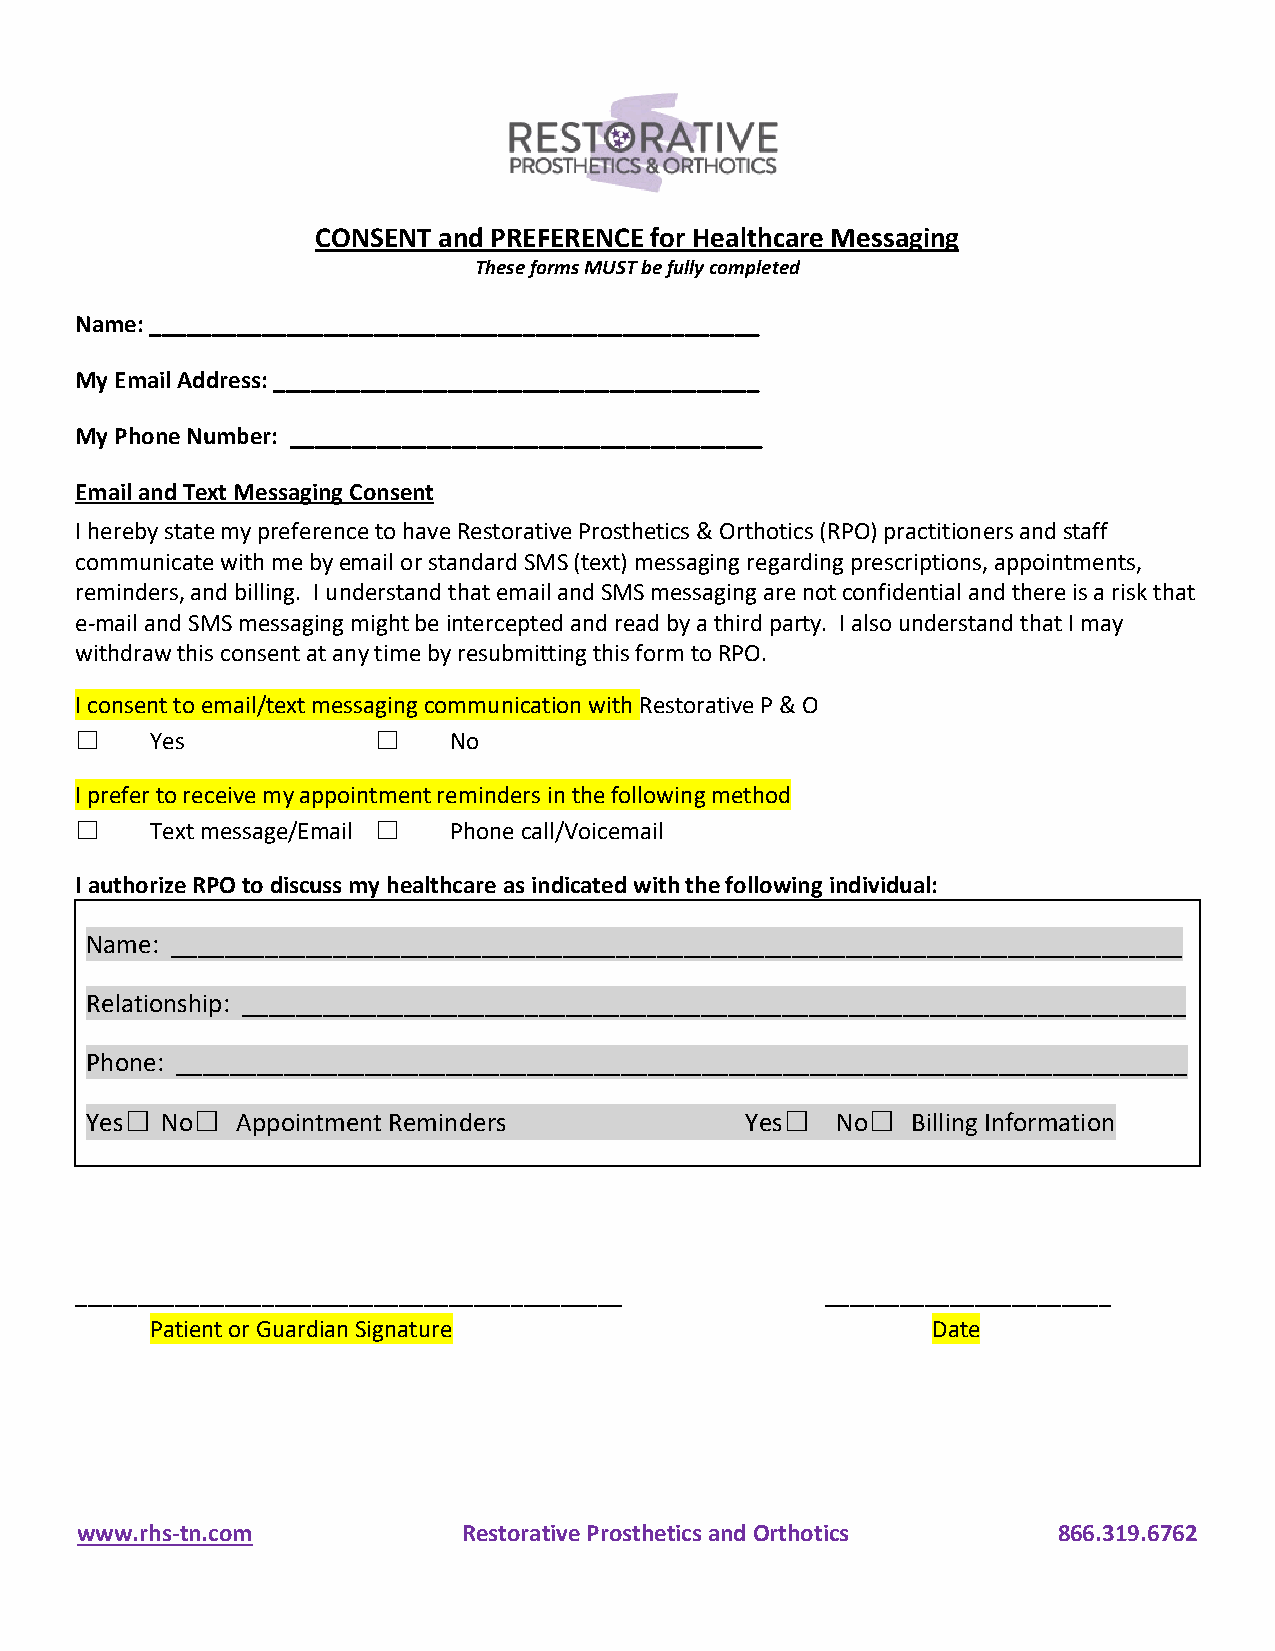
CONSENT and PREFERENCE for Healthcare Messaging
 These forms MUST be fully completed
 Name: _________________________________________________
 My Email Address: _______________________________________
 My Phone Number: ______________________________________
 Email and Text Messaging Consent
 I hereby state my preference to have Restorative Prosthetics & Orthotics (RPO) practitioners and staff
 communicate with me by email or standard SMS (text) messaging regarding prescriptions, appointments,
 reminders, and billing. I understand that email and SMS messaging are not confidential and there is a risk that
 e-mail and SMS messaging might be intercepted and read by a third party. I also understand that I may
 withdraw this consent at any time by resubmitting this form to RPO.
 I consent to email/text messaging communication with Restorative P & O
 ☐    Yes            ☐    No
 I prefer to receive my appointment reminders in the following method
 ☐    Text message/Email ☐ Phone call/Voicemail
 I authorize RPO to discuss my healthcare as indicated with the following individual:
 Name: ___________________________________________________________________________
 Relationship: ______________________________________________________________________
 Phone: ___________________________________________________________________________
 Yes☐ No☐  Appointment Reminders            Yes☐  No☐  Billing Information
 ____________________________________________      _______________________
 Patient or Guardian Signature                       Date
 www.rhs-tn.com            Restorative Prosthetics and Orthotics  866.319.6762